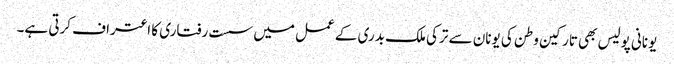
یونانی پولیس بھی تارکین وطن کی یونان سے ترکی ملک بدری کے عمل میں سست رفتاری کا اعتراف کرتی ہے۔